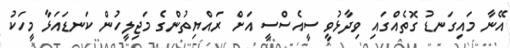
އޭނާ މައިގަނޑު ގޮތެއްގައި ވިދާޅުވީ ސީއެސްސީ އަށް ރައްޔިތުންގެ މަޖިލީހުން ކަނޑައަޅާ މީހަކު